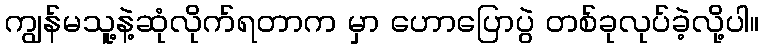
ကျွန်မသူ့နဲ့ဆုံလိုက်ရတာက မှာ ဟောပြောပွဲ တစ်ခုလုပ်ခဲ့လို့ပါ။